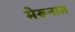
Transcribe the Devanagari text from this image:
मेरूनाल